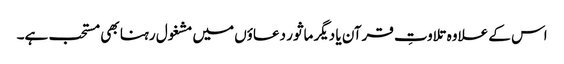
اس کے علاوہ تلاوتِ قرآن یا دیگر ماثور دعاؤں میں مشغول رہنا بھی مستحب ہے۔